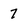
Character: 7